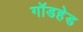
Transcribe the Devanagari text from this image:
गॉडहेड